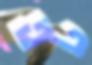
তট